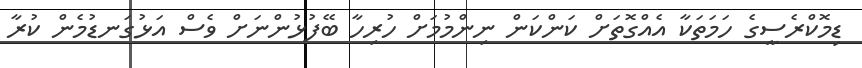
ޑިމޮކްރެސީގެ ހަމަތަކާ އެއްގޮތަށް ކަންކަން ނިންމުމަށް ހުރިހާ ބޭފުޅުންނަށް ވެސް އަޅުގަނޑުމެން ކުރާ